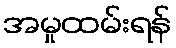
အမှုထမ်းရန်